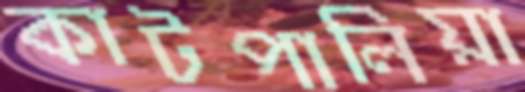
কাটপালিয়া